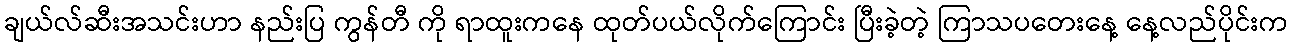
ချယ်လ်ဆီးအသင်းဟာ နည်းပြ ကွန်တီ ကို ရာထူးကနေ ထုတ်ပယ်လိုက်ကြောင်း ပြီးခဲ့တဲ့ ကြာသပတေးနေ့ နေ့လည်ပိုင်းက